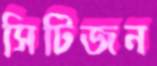
সিটিজন